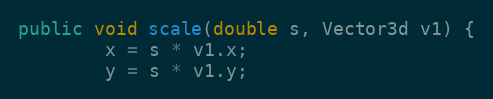
Language: Java
public void scale(double s, Vector3d v1) {
        x = s * v1.x;
        y = s * v1.y;